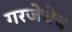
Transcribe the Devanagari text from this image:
गरजेचेच